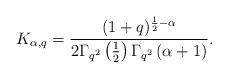
LaTeX: \begin{align*} K_{\alpha ,q} =\frac{(1+q)^{\frac{1}{2}-\alpha}}{2\Gamma_{q^2}\left( \frac{1}{2}\right)\Gamma_{q^2}\left( \alpha+1\right)}.\end{align*}